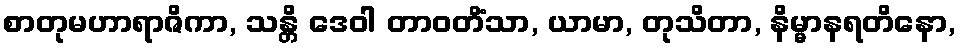
စာတုမဟာရာဇိကာ, သန္တိ ဒေဝါ တာဝတိံသာ, ယာမာ, တုသိတာ, နိမ္မာနရတိနော,